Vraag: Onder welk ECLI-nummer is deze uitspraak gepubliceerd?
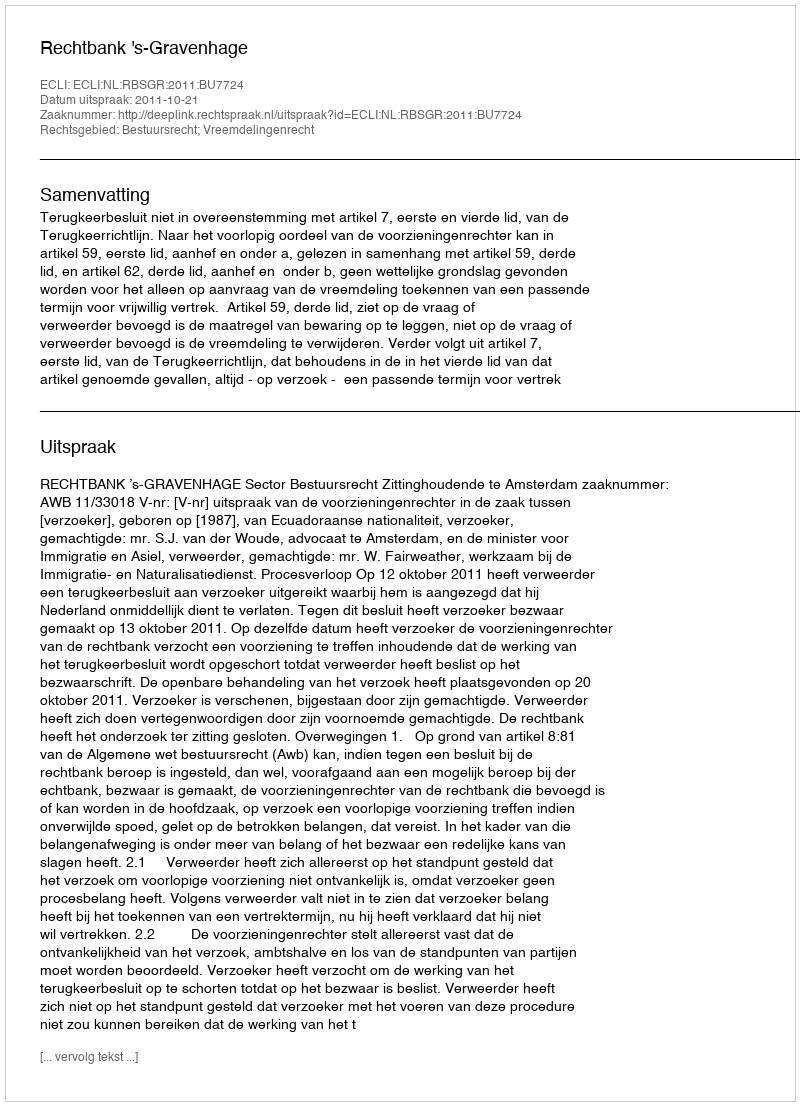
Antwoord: ECLI:NL:RBSGR:2011:BU7724